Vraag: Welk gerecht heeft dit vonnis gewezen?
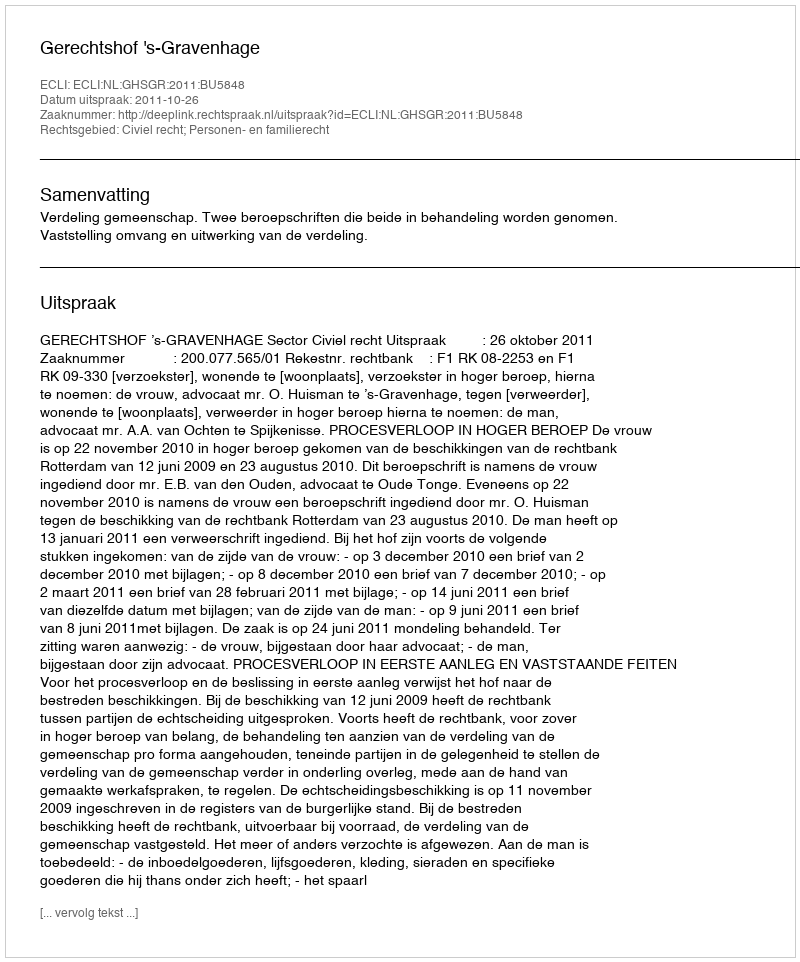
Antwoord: Gerechtshof 's-Gravenhage